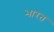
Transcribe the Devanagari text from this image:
भारत